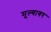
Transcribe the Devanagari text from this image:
मूल्यावर